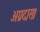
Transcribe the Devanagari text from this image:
अग्रदास।